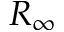
R _ { \infty }